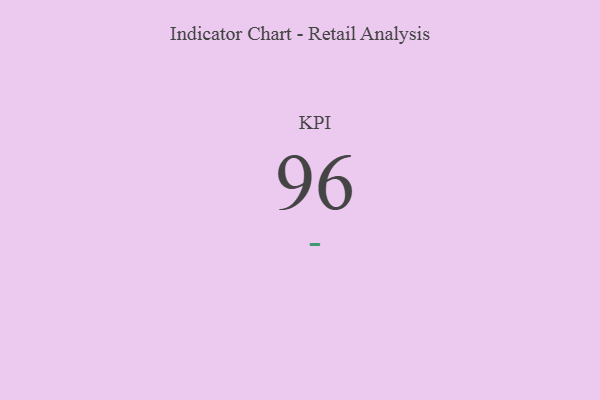
{"axis": {"x": "KPI", "y": "Value"}, "legend": [""], "data": [{"x": "KPI", "y": 96, "type": ""}]}